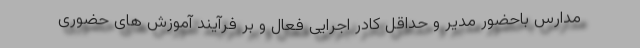
مدارس باحضور مدیر و حداقل کادر اجرایی فعال و بر فرآیند آموزش های حضوری